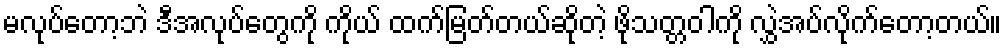
မလုပ်တော့ဘဲ ဒီအလုပ်တွေကို ကိုယ် ထက်မြတ်တယ်ဆိုတဲ့ ဖိုသတ္တဝါကို လွှဲအပ်လိုက်တော့တယ်။